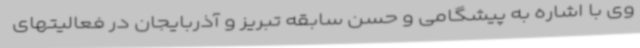
وی با اشاره به پیشگامی و حسن سابقه تبریز و آذربایجان در فعالیتهای